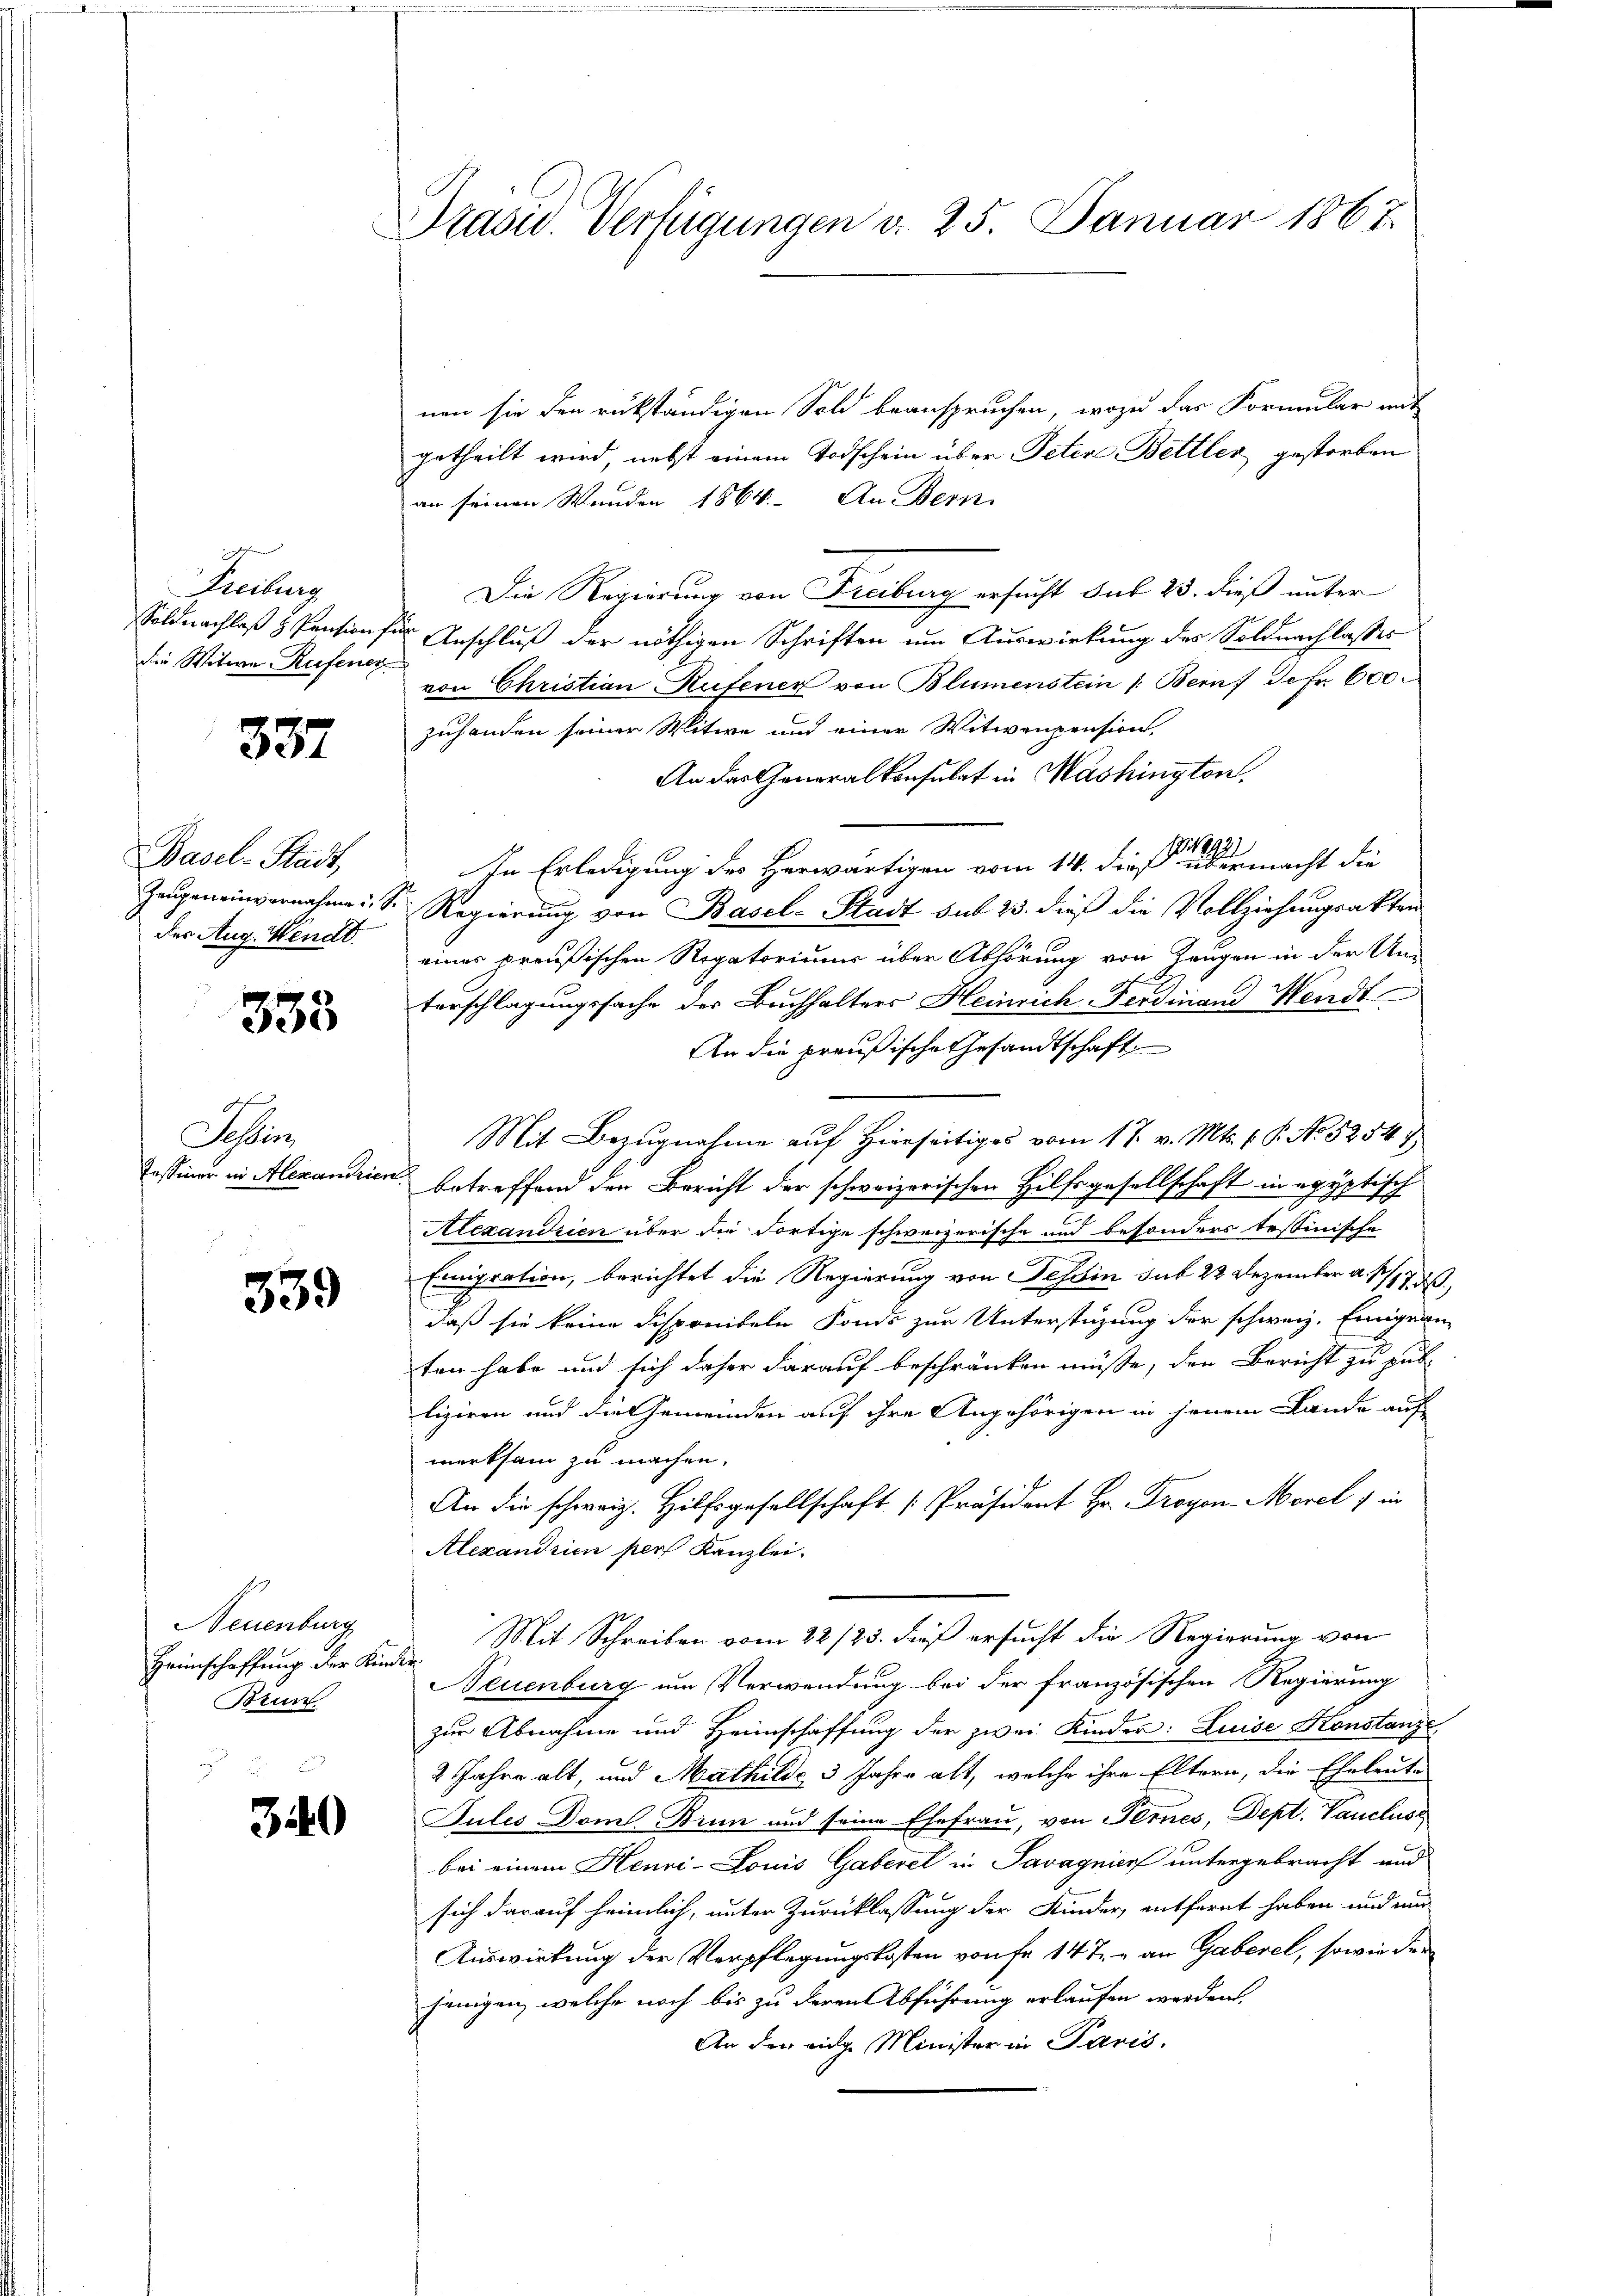
Freiburg
Soldnachlaß & Pension f
die Witwe Rufener

337

Basel-Stadt,
Zeugen einvernahme
der Aug. Wendt.

335

Schin
Tessiner in Alexandrien

339

Neuenburg
Heimschaffung der Kinder.
Brun

340

Prasw. Verfügungen d. 25. Januar 1867.

nen sie den rükständigen Sold beanspruchen, wozu das Formular mit
getheilt wird, nebst einem Todschein über Peten Bettler gestorben
an seinen Wunden 1864. An Bern
Die Regierung von Freiburg ersucht sub 23. dieß unter
 Anschluß der nöthigen Schriften um Auswirkung des Soldnachlasses
n
von Christian Rufener von Blumenstein /: Bern de fr. 600
zuhanden seiner Witwe und einer Witwenpension,
An der Generalkonsulat in Mashington,
In Erledigung des Herwärtigen vom 14. dieß einer macht die
T Regierung von Basel-Stadt sub 23. dieß die Vollziehungsakten
eines preußischen Regatoriums über Abhörung von Langen in der Un-
terschlagungssache des Buchhalters Heinrich Ferdinand Wendt
An die preußische Gesandtschaft
Mit Bezugnahme auf Hierseitiges vom 17. v. Mts. 1. P. No 52547
e
betreffend den Bericht der schweizerischen Hilfsgesellschaft in egyptisch
Alexandrien über die dortige schweizerische und besonders testinische
Einigration, berichtet die Regierung von Tessin sub 22 Dezember a. 117. d.
daß sie keine Disponibeln Fonds zur Unterstüzung der schweiz. Einigen
ten habe und sich daher darauf beschränken müsse, den Bericht zu gut-
liziren und die Gemeinden auf ihre Angehörigen in jenem Lande auf
merksam zu machen.
An die schweiz. Hilfsgesellschaft [Präsident Hr. Proyon-Morel, in
Alexandrien per Kanzlei.
Mit Schreiben vom 22./23. dieß ersucht die Regierung von
Neuenburg um Verwendung bei der französischen Regierung
zur Abnahme und Heimschaffung der zwei Kinden: Luise Konstanze
2 Jahre alt, und Mathilde 3 Jahre alt, welche ihre Eltern, die Eheleute
Julis Dom. Brun und seine Ehefrau, von Ternes, Dept. Vanclus
bei einem Henri-Louis Gaberel in Savagnier untergebracht und
sich darauf heimlich, unter Zurücklassung der Kinder entfernt haben und nur
Auswirkung der Verpflegungskosten von fr. 14 t - an Gaberel, sowie der
jenigen, welche noch bis zu deren Abführung erlaufen werden.
An den eidg. Minister in Paris